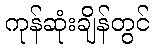
ကုန်ဆုံးချိန်တွင်